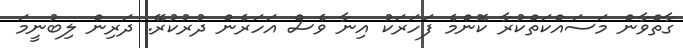
ގާތްވާން މަސައްކަތްކުރާ ކޮންމެ ފަހަރަކު އިނާ ވެސް އަހަރެން ދުރުކުރޭ. ދަރިން ލިބުނީމަ